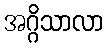
အဂ္ဂိသာလာ